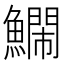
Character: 𮬔